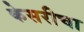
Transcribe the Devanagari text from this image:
केसरीचा